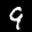
Label: 9